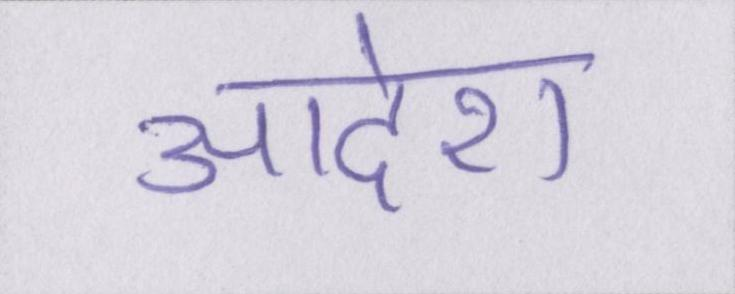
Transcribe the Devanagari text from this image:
आदेश